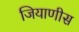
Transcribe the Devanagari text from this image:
जियाणीस